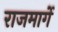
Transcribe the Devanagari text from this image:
राजमार्गे